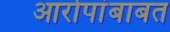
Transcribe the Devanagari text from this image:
आरोपांबाबत